Civil Veterinary Dept. North-West Frontier Province 1923-32 - 1923-1932
Year: 1923
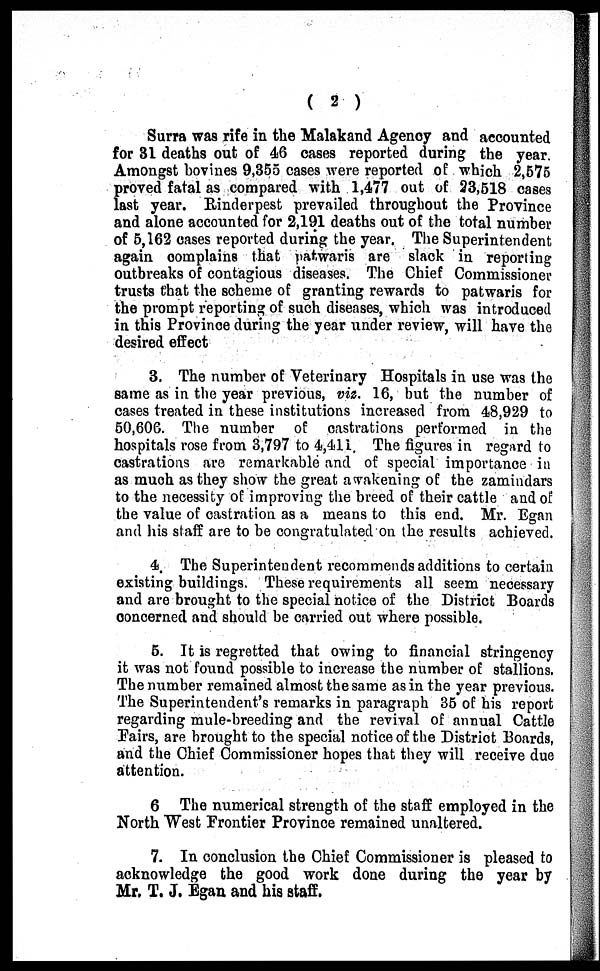
( 2 )
Surra was rife in the Malakand Agency and accounted
for 31 deaths out of 46 cases reported during the year.
Amongst bovines 9,355 cases were reported of which 2,575
proved fatal as compared with 1,477 out of 23,518 cases
last year. Rinderpest prevailed throughout the Province
and alone accounted for 2,191 deaths out of the total number
of 5,162 cases reported during the year. The Superintendent
again complains that patwaris are slack in reporting
outbreaks of contagious diseases. The Chief Commissioner
trusts that the scheme of granting rewards to patwaris for
the prompt reporting of such diseases, which was introduced
in this Province during the year under review, will have the
desired effect
3. The number of Veterinary Hospitals in use was the
same as in the year previous, viz. 16, but the number of
cases treated in these institutions increased from 48,929 to
50,606. The number of castrations performed in the
hospitals rose from 3,797 to 4,411. The figures in regard to
castrations are remarkable and of special importance in
as much as they show the great awakening of the zamindars
to the necessity of improving the breed of their cattle and of
the value of castration as a means to this end. Mr. Egan
and his staff are to be congratulated on the results achieved.
4. The Superintendent recommends additions to certain
existing buildings. These requirements all seem necessary
and are brought to the special notice of the District Boards
concerned and should be carried out where possible.
5. It is regretted that owing to financial stringency
it was not found possible to increase the number of stallions.
The number remained almost the same as in the year previous.
The Superintendent's remarks in paragraph 35 of his report
regarding mule-breeding and the revival of annual Cattle
Fairs, are brought to the special notice of the District Boards,
and the Chief Commissioner hopes that they will receive due
attention.
6 The numerical strength of the staff employed in the
North West Frontier Province remained unaltered.
7. In conclusion the Chief Commissioner is pleased to
acknowledge the good work done during the year by
Mr, T. J. Egan and his staff.